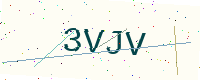
Text: 3VJV